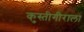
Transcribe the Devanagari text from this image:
कुस्तीगीराला